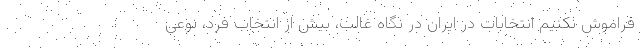
فراموش نکنیم انتخابات در ایران در نگاه غالب، بیش از انتخاب فرد، نوعی